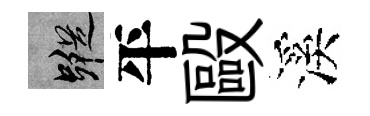
蹤平毆溪